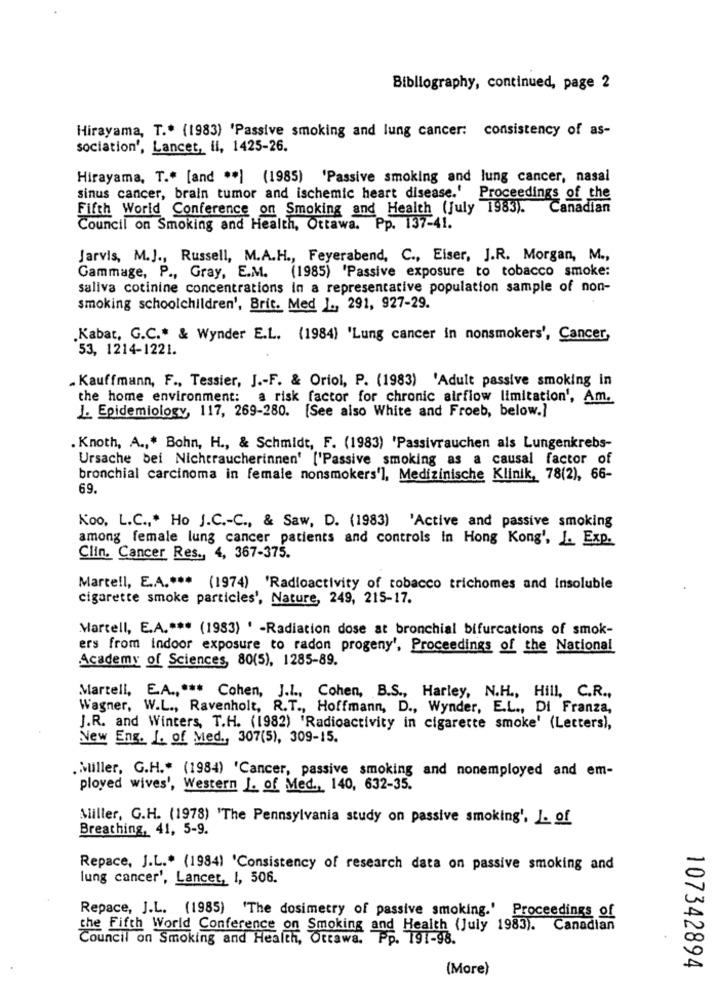
Bibliography, continued, page 2
Hirayama, T .* (1983) 'Passive smoking and lung cancer: consistency of as-
sociation', Lancet, il, 1425-26.
Hirayama, T .* [and ** ) (1985) 'Passive smoking and lung cancer, nasal
sinus cancer, brain tumor and ischemic heart disease.' Proceedings of the
Fifth World Conference on Smoking and Health (July 1983).
Canadian
Council on Smoking and Health, Ottawa. Pp. 137-41.
Jarvis, M.J ., Russell, M.A.H ., Feyerabend, C ., Eiser, J.R. Morgan, M .,
Gammage, P ., Gray, E.M.
(1985) 'Passive exposure to tobacco smoke:
saliva cotinine concentrations in a representative population sample of non-
smoking schoolchildren', Brit. Med ] ., 291, 927-29.
Kabat, G.C .* & Wynder E.L. (1984) 'Lung cancer in nonsmokers', Cancer,
53, 1214-1221.
. Kauffmann, F ., Tessier, J .- F. & Oriol, P. (1983) 'Adult passive smoking in
the home environment: a risk factor for chronic airflow limitation', Am.
J. Epidemiology, 117, 269-280. [See also White and Froeb, below.]
Knoth, A ., " Bohn, H ., & Schmidt, F. (1983) 'Passivrauchen als Lungenkrebs-
Ursache bei Nichtraucherinnen' ['Passive smoking as a causal factor of
bronchial carcinoma in female nonsmokers'], Medizinische Klinik, 78(2), 66-
69.
Koo, L.C .,* Ho J.C .- C ., & Saw, D. (1983) 'Active and passive smoking
among female lung cancer patients and controls in Hong Kong', J. Exp.
Clin. Cancer Res ., 4, 367-375.
Martell, E.A .*** (1974) 'Radioactivity of tobacco trichomes and insoluble
cigarette smoke particles', Nature, 249, 215-17.
Martell, E.A .*** (1983) ' -Radiation dose at bronchial bifurcations of smok-
ers from indoor exposure to radon progeny', Proceedings of the National
Academy of Sciences, 80(5), 1285-89.
Martell, E.A ., *** Cohen, J.I ., Cohen, B.S ., Harley, N.H ., Hill, C.R .,
Wagner, W.L ., Ravenholt, R.T ., Hoffmann, D ., Wynder, E.L ., Di Franza,
J.R. and Winters, T.H. (1982) 'Radioactivity in cigarette smoke' (Letters),
New Eng. I. of Med ., 307(5), 309-15.
.Miller, G.H." (1984) 'Cancer, passive smoking and nonemployed and em-
ployed wives', Western L. of Med ., 140, 632-35.
Miller, G.H. (1978) 'The Pennsylvania study on passive smoking', J. of
Breathing, 41, 5-9.
Repace, J.L .* (1984) 'Consistency of research data on passive smoking and
lung cancer', Lancer, I, 506.
Repace, J.L. (1985) 'The dosimetry of passive smoking.' Proceedings of
the Fifth World Conference on Smoking and Health (July 1983). Canadian
Council on Smoking and Health, Ottawa. Pp. 191-98.
(More)
107342894